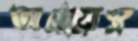
আগ্নেয়াস্ত্র